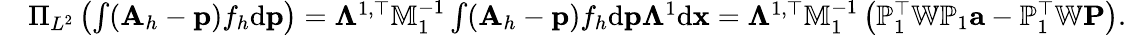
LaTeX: \begin{array}{rl}&{\Pi_{L^{2}}\left(\int({\mathbf A}_{h}-{\mathbf p})f_{h}\mathrm{d}{\mathbf p}\right)=\mathbb{\Lambda}^{1,\top}\mathbb{M}_{1}^{-1}\int({\mathbf A}_{h}-{\mathbf p})f_{h}\mathrm{d}{\mathbf p}\mathbb\Lambda^{1}\mathrm{d}{\mathbf x}=\mathbb{\Lambda}^{1,\top}\mathbb{M}_{1}^{-1}\left({\mathbb P}_{1}^{\top}\mathbb{W}{\mathbb P}_{1}{\mathbf a}-\mathbb{P}_{1}^{\top}\mathbb{W}{\mathbf P}\right).}\end{array}